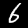
Digit: 6